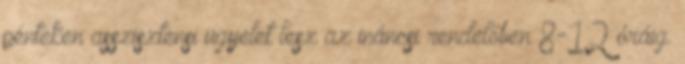
pénteken asszisztensi ügyelet lesz az ináncsi rendelőben 8-12 óráig.